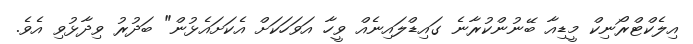
އިލެކްޓްރޯނިކް މީޑިއާ ބޭނުންކުރާނެ ގައިޑްލައިނެއް ވީހާ އަވަހަކަށް އެކަށައެޅުން" ބަދުރު ވިދާޅުވި އެވެ.